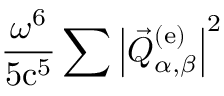
\frac { \omega ^ { 6 } } { 5 \mathrm { c } ^ { 5 } } \sum \left| \vec { Q } _ { \alpha , \beta } ^ { ( \mathrm { e } ) } \right| ^ { 2 }